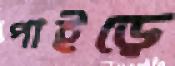
পাইড়ে